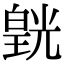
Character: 皝